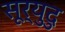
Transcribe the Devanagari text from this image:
सूर्युदु